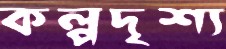
কল্পদৃশ্য